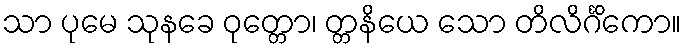
သာ ပုမေ သုနခေ ဝုတ္တော၊ တ္တနိယေ သော တိလိင်္ဂိကော။